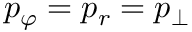
p _ { \varphi } = p _ { r } = p _ { \perp }